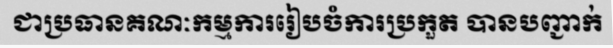
ជាប្រធានគណៈកម្មការរៀបចំការប្រកួត បានបញ្ជាក់